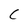
Character: C